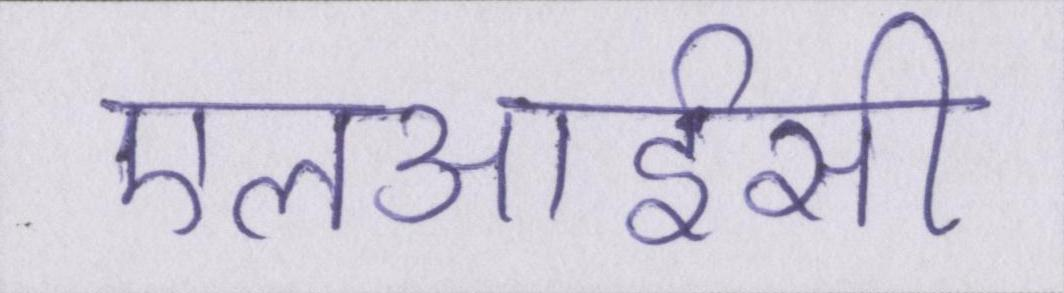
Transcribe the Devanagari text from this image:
एलआईसी